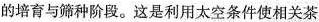
与筛种阶段。这是利用太空条件使相关茶